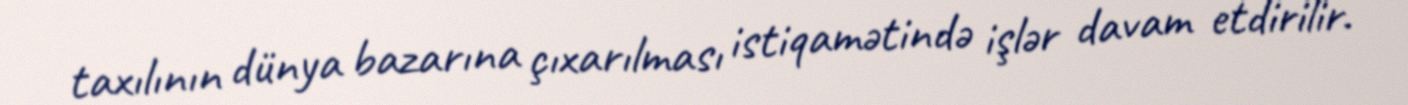
taxılının dünya bazarına çıxarılması istiqamətində işlər davam etdirilir.